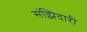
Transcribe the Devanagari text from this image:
संझिदारी